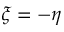
\xi = - \eta